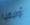
أوليفيا